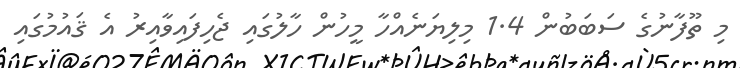
މި ތޫފާނުގެ ސަބަބުން 1.4 މިލިޔަނެއްހާ މީހުން ހާލުގައި ޖެހިފައިވާއިރު އެ ޤައުމުގައި